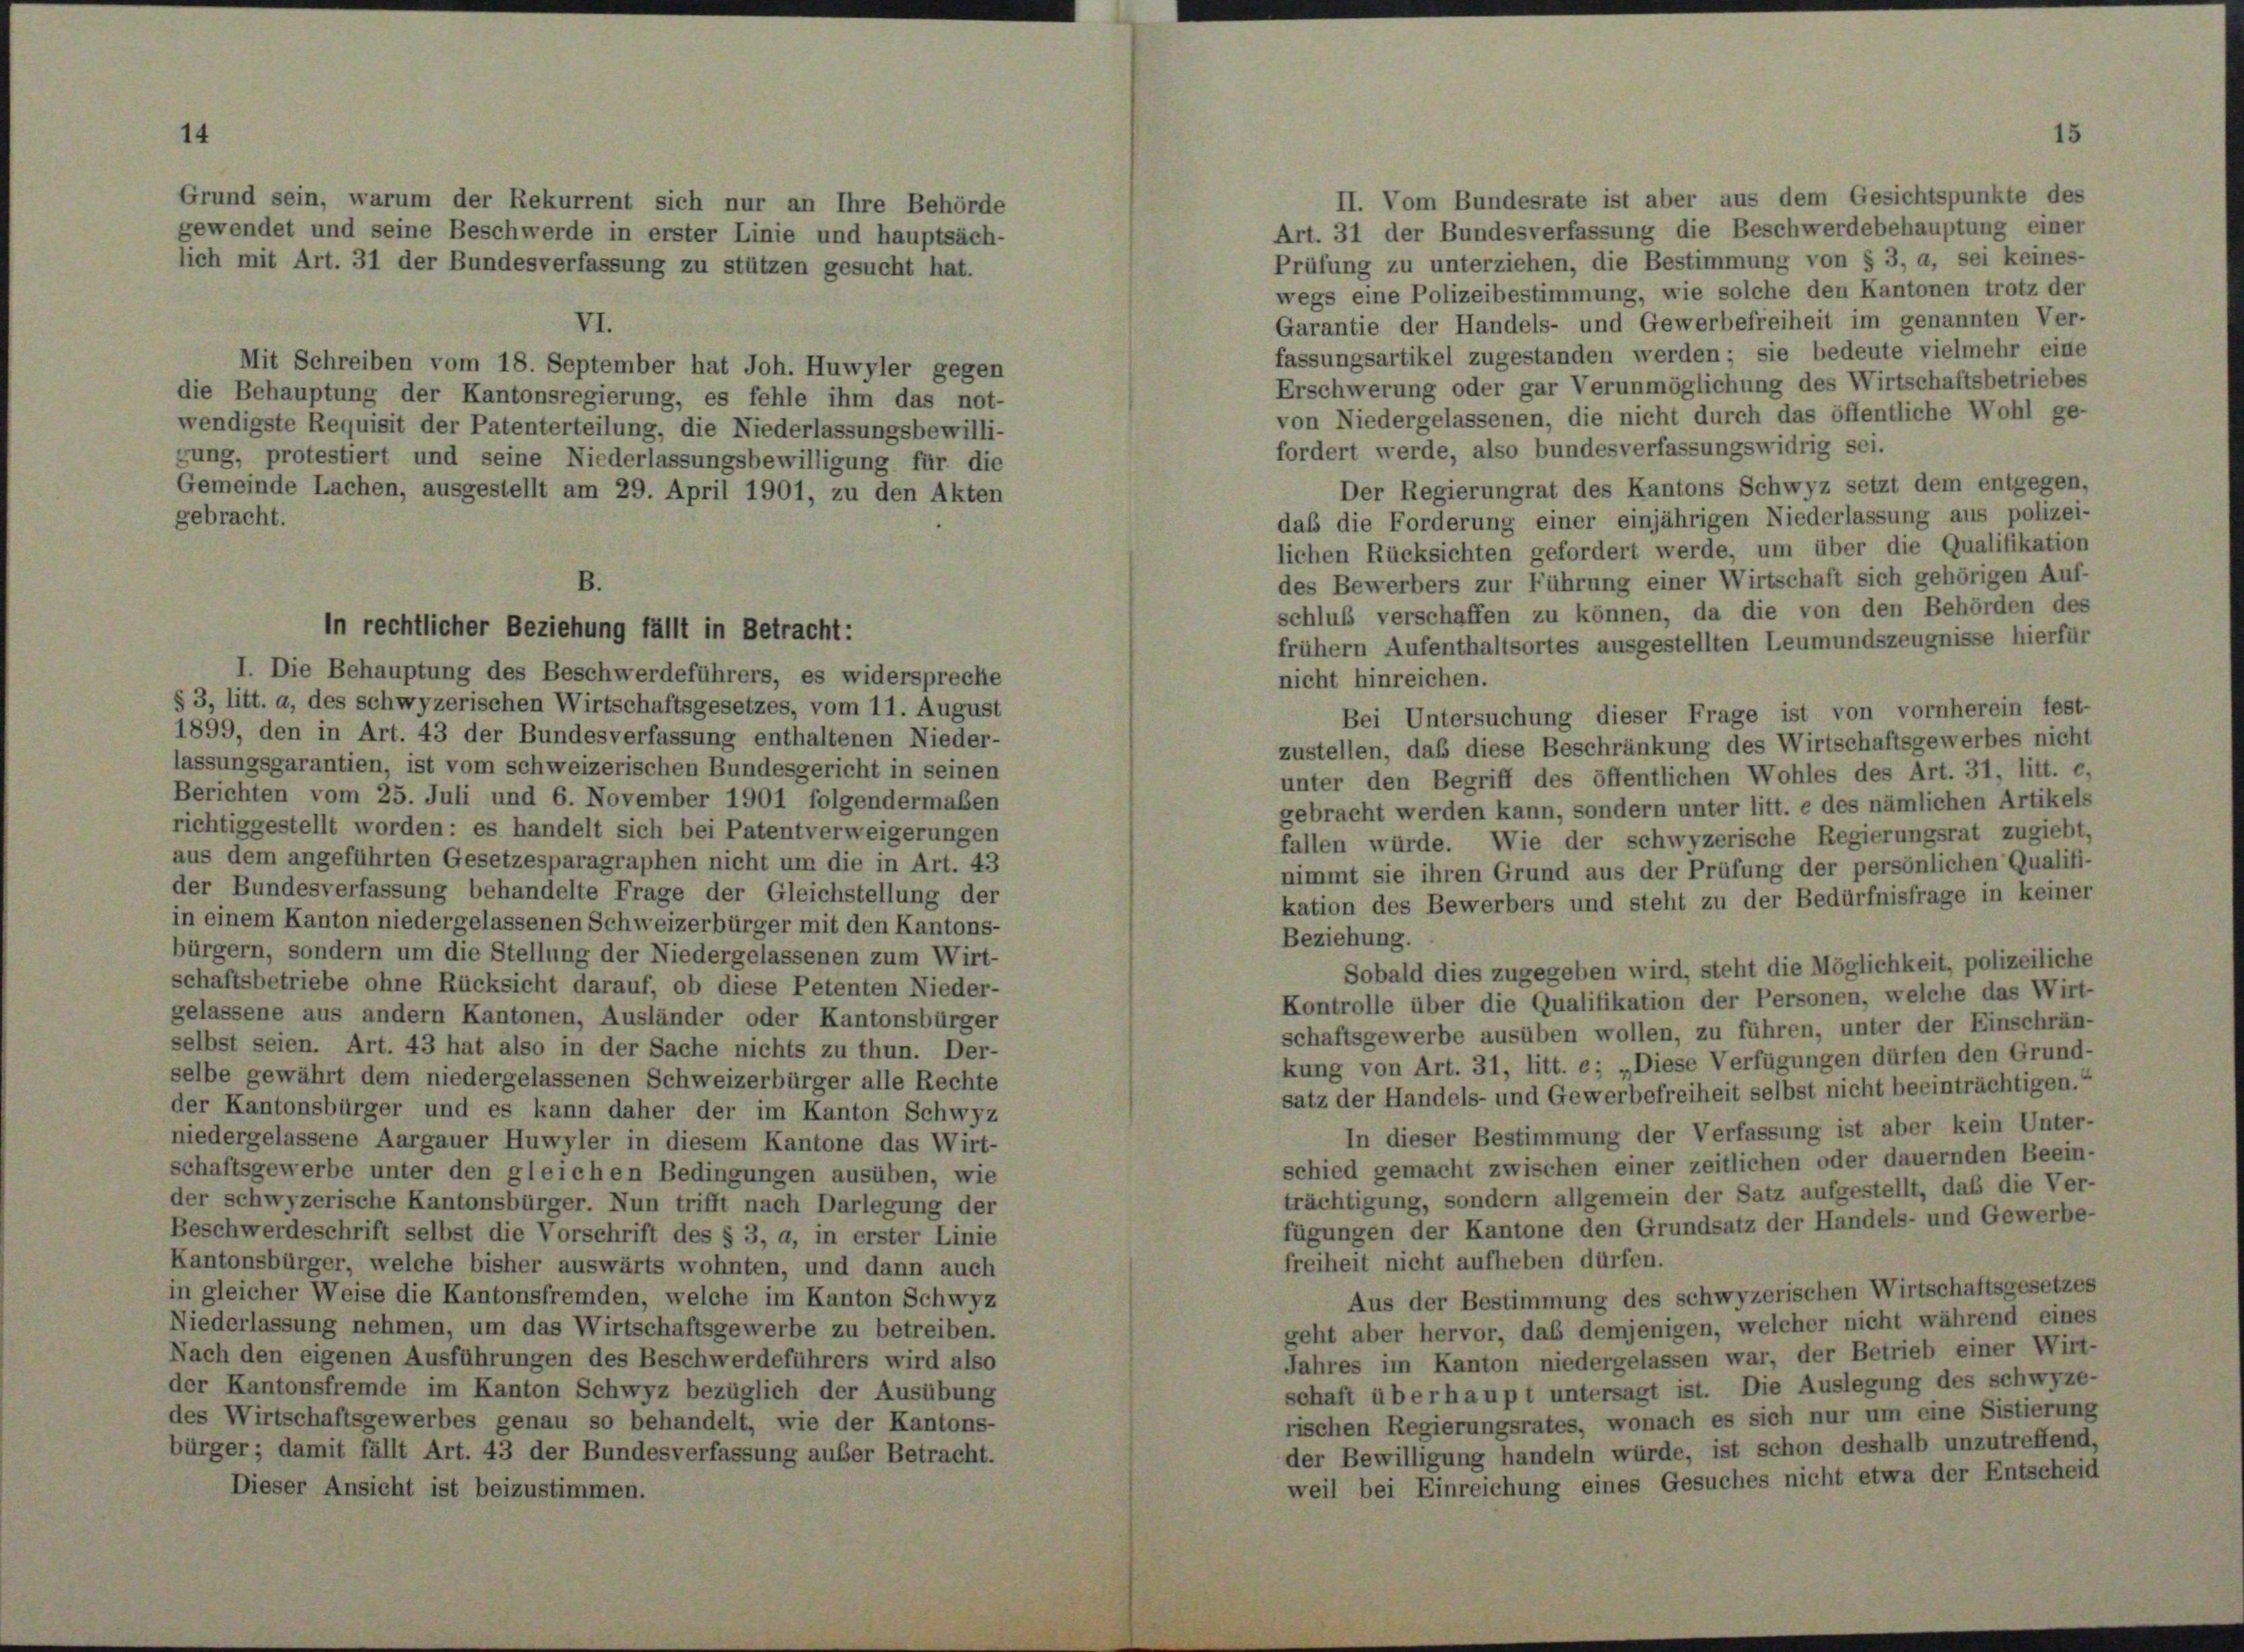
Grund sein, warum der Rekurrent sich nur an Ihre Behörde
gewendet und seine Beschwerde in erster Linie und hauptsäch-
lich mit Art. 31 der Bundesverfassung zu stützen gesucht hat.
VI.
Mit Schreiben vom 18. September hat Joh. Huwyler gegen
die Behauptung der Kantonsregierung, es fehle ihm das not-
wendigste Requisit der Patenterteilung, die Niederlassungsbewilli-
gung, protestiert und seine Niederlassungsbewilligung für die
Gemeinde Lachen, ausgestellt am 29. April 1901, zu den Akten
gebracht.

II. Vom Bundesrate ist aber aus dem Gesichtspunkte des
Art. 31 der Bundesverfassung die Beschwerdebehauptung einer
Prüfung zu unterziehen, die Bestimmung von § 3, a, sei keines-
wegs eine Polizeibestimmung, wie solche den Kantonen trotz der
Garantie der Handels- und Gewerbefreiheit im genannten Ver-
fassungsartikel zugestanden werden; sie bedeute vielmehr eine
Erschwerung oder gar Verunmöglichung des Wirtschaftsbetriebes
von Niedergelassenen, die nicht durch das öffentliche Wohl ge-
fordert werde, also bundesverfassungswidrig sei.
Der Regierungrat des Kantons Schwyz setzt dem entgegen,
daß die Forderung einer einjährigen Niederlassung aus polizei-
lichen Rücksichten gefordert werde, um über die Qualifikation
des Bewerbers zur Führung einer Wirtschaft sich gehörigen Auf-
B.
schluß verschaffen zu können, da die von den Behörden des
frühem Aufenthaltsortes ausgestellten Leumundszeugnisse hierfür
I. Die Behauptung des Beschwerdeführers, es widerspreche
nicht hinreichen.
§ 3, litt. a, des schwyzerischen Wirtschaftsgesetzes, vom 11. August
Bei Untersuchung dieser Frage ist von vornherein fest-
1899, den in Art. 43 der Bundesverfassung enthaltenen Nieder-
zustellen, daß diese Beschränkung des Wirtschaftsgewerbes nicht
lassungsgarantien, ist vom schweizerischen Bundesgericht in seinen
unter den Begriff des öffentlichen Wohles des Art. 31, litt. e,
Berichten vom 25. Juli und 6. November 1901 folgendermaßen
gebracht werden kann, sondern unter litt. e des nämlichen Artikels
richtiggestellt worden: es handelt sich bei Patentverweigerungen
fallen würde. Wie der schwyzerische Regierungsrat zugiebt,
aus dem angeführten Gesetzesparagraphen nicht um die in Art. 43
nimmt sie ihren Grund aus der Prüfung der persönlichen Qualifi-
der Bundesverfassung behandelte Frage der Gleichstellung der
kation des Bewerbers und steht zu der Bedürfnisfrage in keiner
in einem Kanton niedergelassenen Schweizerbürger mit den Kantons-
Beziehung.
bürgern, sondern um die Stellung der Niedergelassenen zum Wirt-
Sobald dies zugegeben wird, steht die Möglichkeit, polizeiliche
schaftsbetriebe ohne Rücksicht darauf, ob diese Petenten Nieder-
Kontrolle über die Qualifikation der Personen, welche das Wirt-
gelassene aus andern Kantonen, Ausländer oder Kantonsbürger
schaftsgewerbe ausüben wollen, zu führen, unter der Einschrän-
selbst seien. Art. 43 hat also in der Sache nichts zu thun. Der-
kung von Art. 31, litt. e; „Diese Verfügungen dürfen den Grund-
selbe gewährt dem niedergelassenen Schweizerbürger alle Rechte
satz der Handels- und Gewerbefreiheit selbst nicht beeinträchtigen.
der Kantonsbürger und es kann daher der im Kanton Schwyz
In dieser Bestimmung der Verfassung ist aber kein Unter-
niedergelassene Aargauer Huwyler in diesem Kantone das Wirt-
schied gemacht zwischen einer zeitlichen oder dauernden Beein-
schaftsgewerbe unter den gleichen Bedingungen ausüben, wie
trächtigung, sondern allgemein der Satz aufgestellt, daß die Ver-
der schwyzerische Kantonsbürger. Nun trifft nach Darlegung der
fügungen der Kantone den Grundsatz der Handels- und Gewerbe-
Beschwerdeschrift selbst die Vorschrift des § 3, a, in erster Linie
freiheit nicht aufheben dürfen.
Kantonsbürger, welche bisher auswärts wohnten, und dann auch
Aus der Bestimmung des schwyzerischen Wirtschaftsgesetzes
in gleicher Weise die Kantonsfremden, welche im Kanton Schwyz
geht aber hervor, das demjenigen, welcher nicht während eines
Niederlassung nehmen, um das Wirtschaftsgewerbe zu betreiben.
Jahres im Kanton niedergelassen war, der Betrieb einer Wirt-
Nach den eigenen Ausführungen des Beschwerdeführers wird also
schaft überhaupt untersagt ist. Die Auslegung des Schwyz-
der Kantonsfremde im Kanton Schwyz bezüglich der Ausübung
rischen Regierungsrates, wonach es sich nur um eine Sistierung
des Wirtschaftsgewerbes genau so behandelt, wie der Kantons-
der Bewilligung handeln würde, ist schon deshalb unzutreffend,
bürger; damit fällt Art. 43 der Bundesverfassung auser Betracht.
weil bei Einreichung eines Gesuches nicht etwa der Entscheid
Dieser Ansicht ist beizustimmen.

In rechtlicher Beziehung fällt in Betracht: